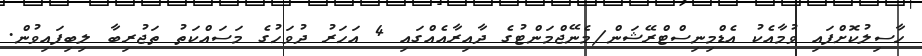
ހާސިލުކޮށްފައި ވުމާއެކު އެޑްމިނިސްޓްރޭޝަން/މެނޭޖްމަންޓުގެ ދާއިރާއެއްގައި 4 އަހަރު ދުވަހުގެ މަސައްކަތު ތަޖުރިބާ ލިބިފައިވުން.